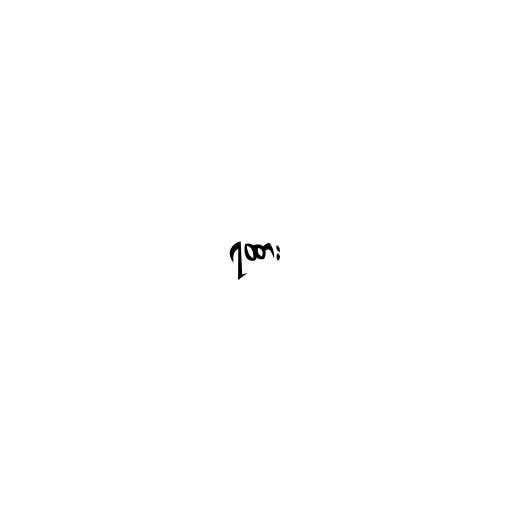
ရထား